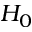
H _ { 0 }